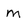
Character: m